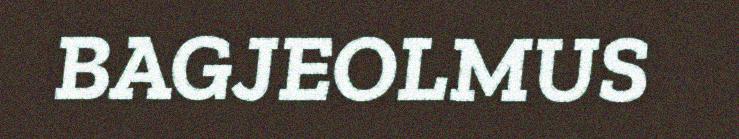
BAGJEOLMUS